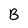
Character: B